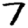
Digit: 7